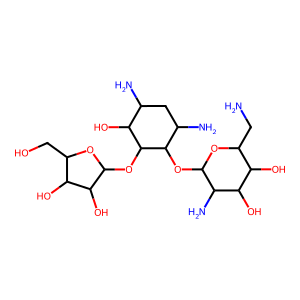
SMILES: NCC1OC(OC2C(N)CC(N)C(O)C2OC2OC(CO)C(O)C2O)C(N)C(O)C1O
Inhibits HIV replication: No